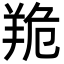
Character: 䍯